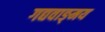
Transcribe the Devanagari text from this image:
गद्यवाङ्‌मय